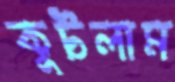
কুটলাম